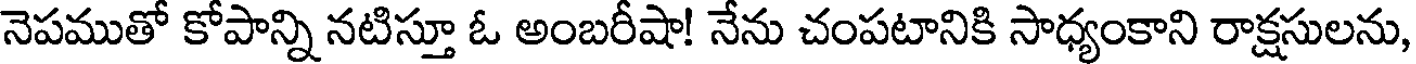
నెపముతో కోపాన్ని నటిస్తూ ఓ అంబరీషా! నేను చంపటానికి సాధ్యంకాని రాక్షసులను,